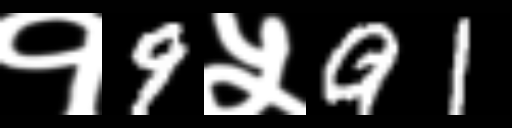
Text: १9५91